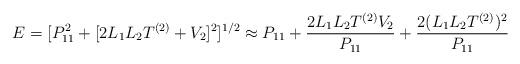
LaTeX: \begin{align*}E=[P_{11}^2+[2L_1 L_2 T^{(2)}+V_2]^2]^{1/2}\approx P_{11}+\frac{2L_1 L_2 T^{(2)}V_2}{ P_{11}} +{2(L_1L_2T^{(2)})^2\over P_{11} }\end{align*}